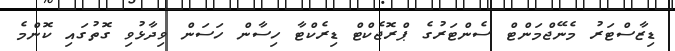
ޑިޒާސްޓަރު މެނޭޖްމަންޓް ސެންޓަރުގެ ޕްރޮޖެކްޓް ޑިރެކްޓާ ހިސާން ހަސަން ވިދާޅުވި ގޮތުގައި ކޮންމެ